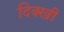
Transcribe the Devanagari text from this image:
दिक्खी